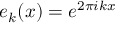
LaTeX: e _ { k } ( x ) = e ^ { 2 \pi i k x }